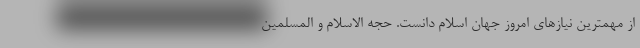
از مهمترین نیازهای امروز جهان اسلام دانست. حجه الاسلام و المسلمین